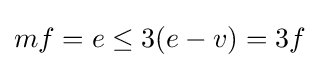
mf=e\leq 3(e-v)=3f